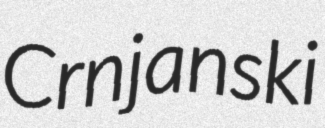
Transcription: Crnjanski